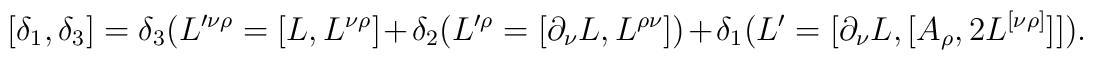
[\delta_{1},\delta_{3}]=\delta_{3}(L'^{\nu \rho}=[L,L^{\nu\rho}]+\delta_{2}(L'^{\rho}=[\partial_{\nu}L,L^{\rho\nu}])+\delta_{1}(L'=[\partial_{\nu}L,[A_{\rho},2L^{[\nu \rho]}]]) .